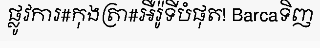
ផ្លូវការ#កុងត្រា#អឺរ៉ូទីបំផុត! Barcaទិញ